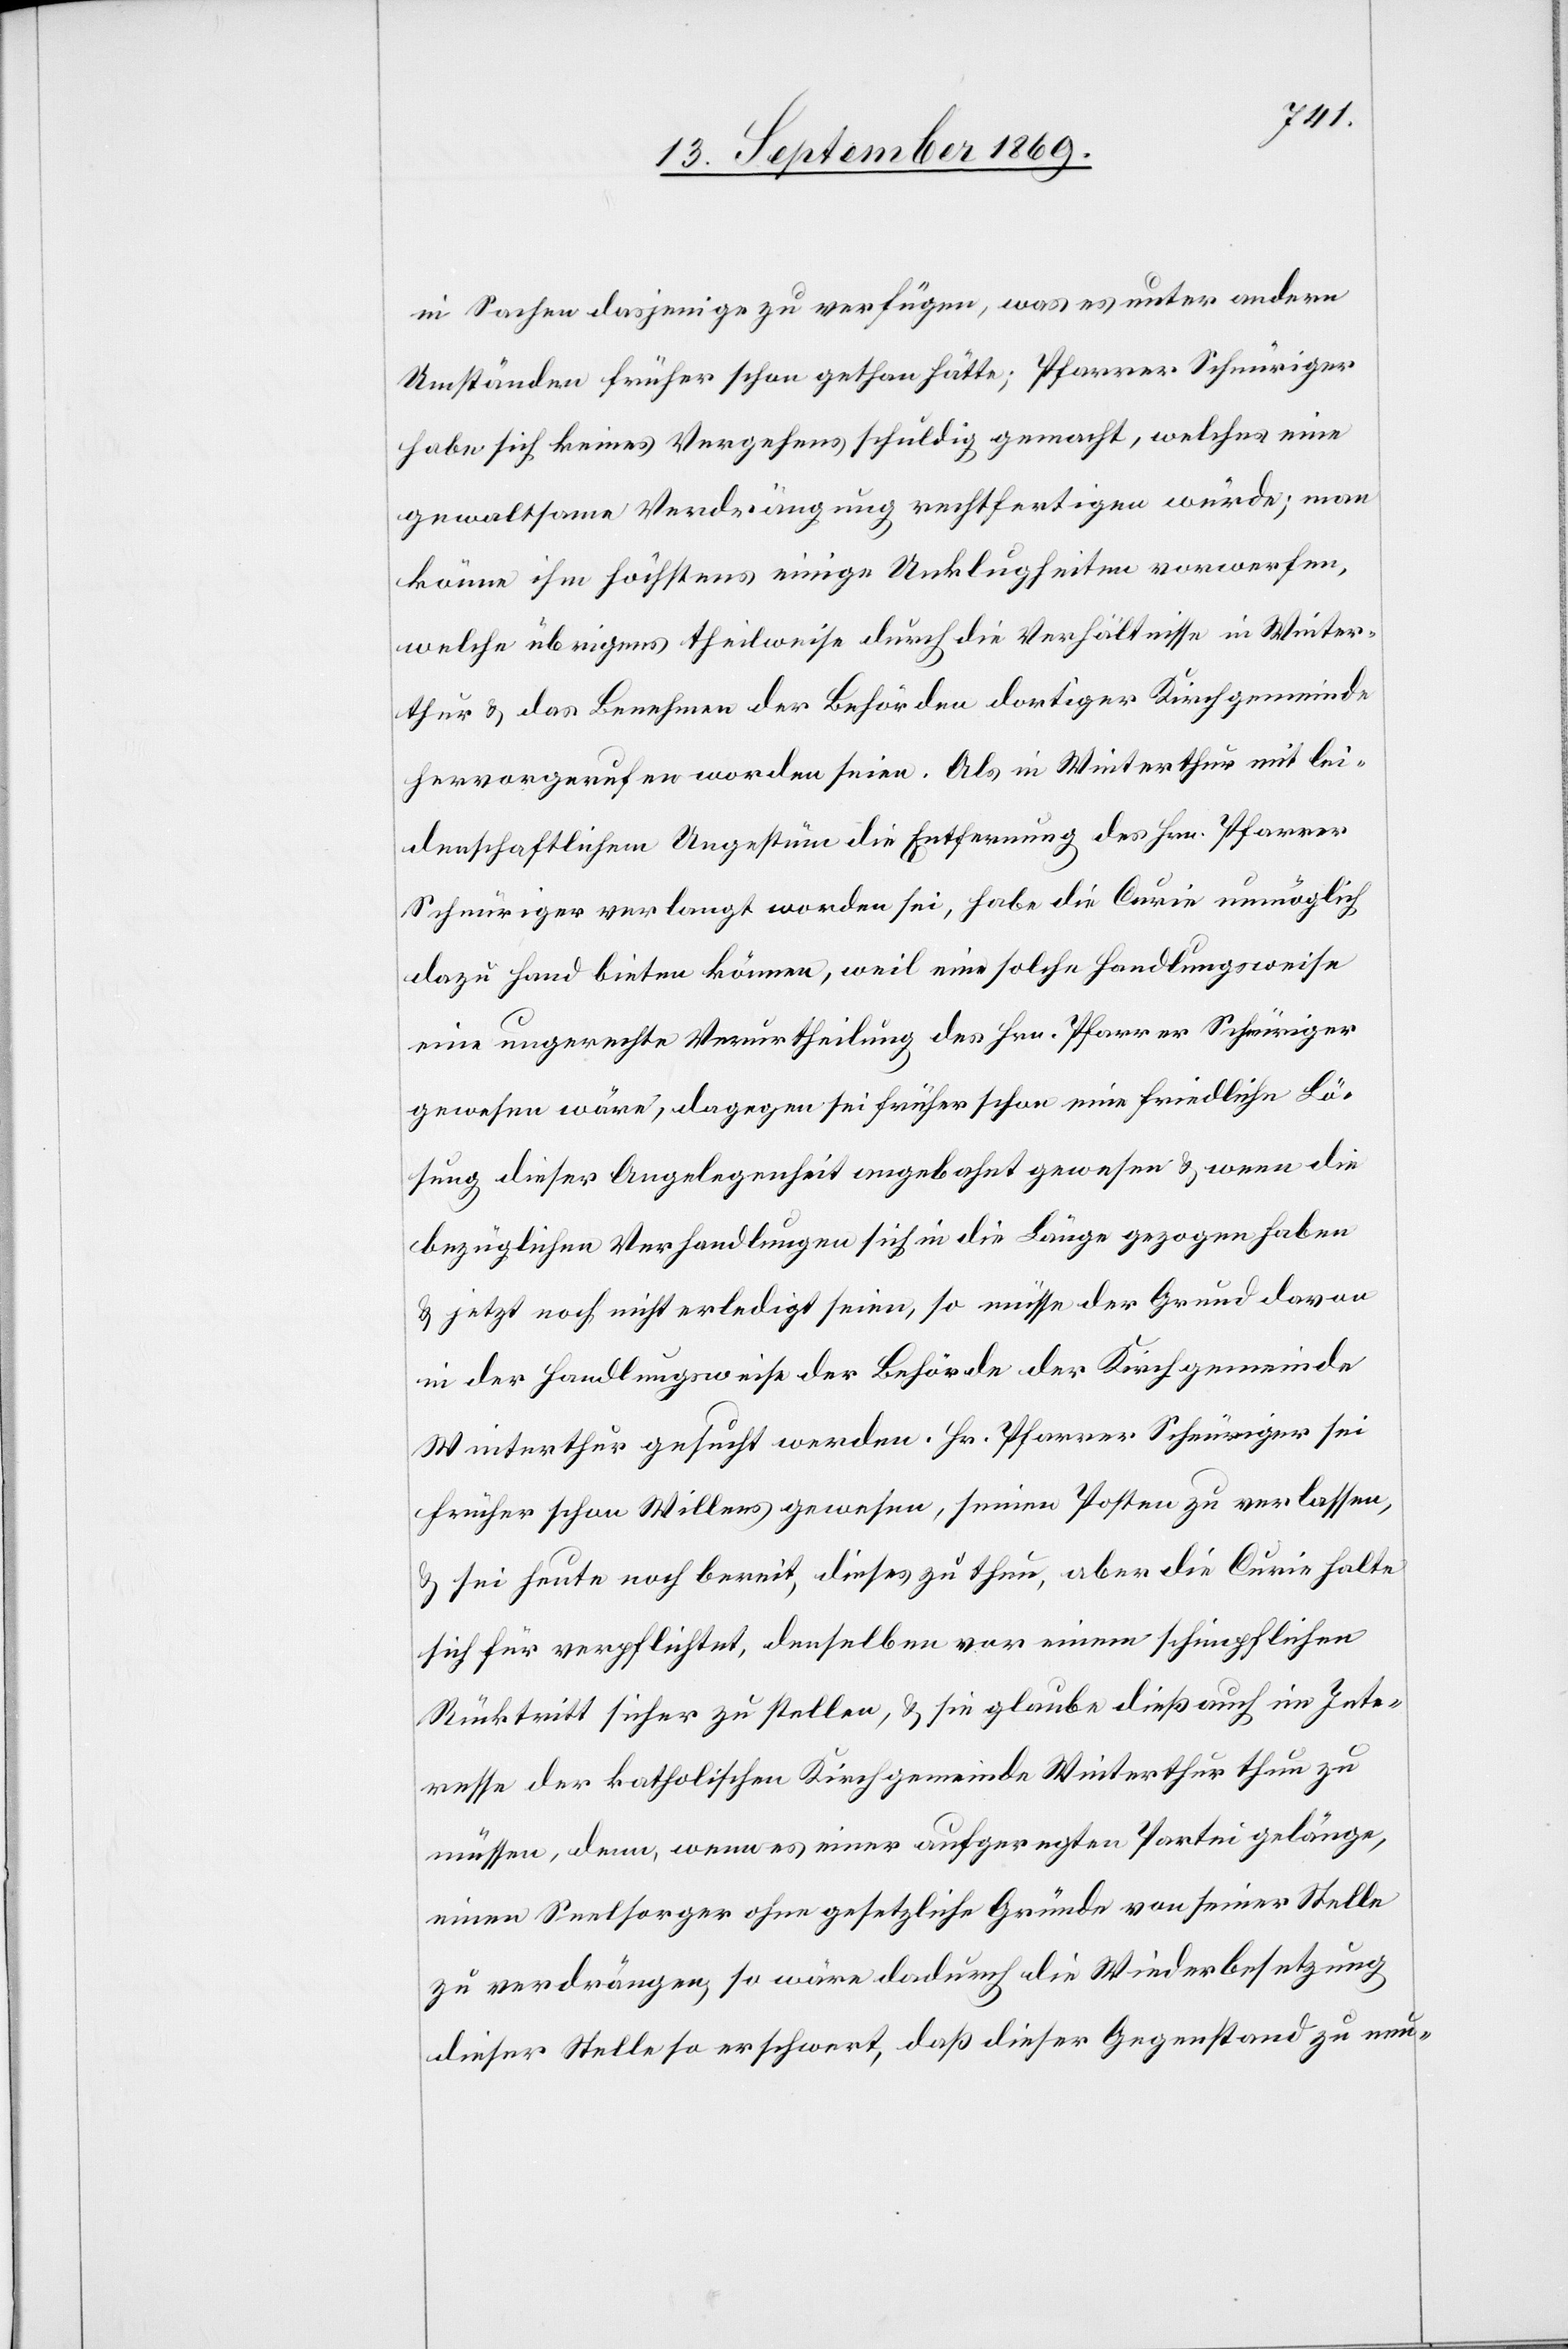
in Sachen dasjenige zu verfügen, was es unter andern
Umständen früher schon gethan hätte; Pfarrer Schnüriger
habe sich keines Vergehens schuldig gemacht, welches eine
gewaltsame Verdrängung rechtfertigen würde; man
könne ihm höchstens einige Unklugheiten vorwerfen,
welche übrigens theilweise durch die Verhältnisse in Winter¬
thur & das Benehmen der Behörden dortiger Kirchgemeinde
hervorgerufen worden seien. Als in Winterthur mit lei¬
denschaftlichem Ungestüm die Entfernung des Hrn. Pfarrer
Schnüriger verlangt worden sei, habe die Curie unmöglich
dazu Hand bieten können, weil eine solche Handlungsweise
eine ungerechte Verurtheilung des Hrn. Pfarrer Schnüriger
gewesen wäre, dagegen sei früher schon eine friedliche Lö¬
sung dieser Angelegenheit angebahnt gewesen & wenn die
bezüglichen Verhandlungen sich in die Länge gezogen haben
& jetzt noch nicht erledigt seien, so müsse der Grund davon
in der Handlungsweise der Behörde der Kirchgemeinde
Winterthur gesucht werden. Hr. Pfarrer Schnüriger sei
früher schon Willens gewesen, seinen Posten zu verlassen,
& sei heute noch bereit, dieses zu thun, aber die Curie halte
sich für verpflichtet, denselben vor einem schimpflichen
Rücktritt sicher zu stellen, & sie glaube dieß auch im Inte¬
resse der katholischen Kirchgemeinde Winterthur thun zu
müssen, denn, wenn es einer aufgeregten Partei gelänge,
einen Seelsorger ohne gesetzliche Gründe von seiner Stelle
zu verdrängen, so wäre dadurch die Wiederbesetzung
dieser Stelle so erschwert, daß dieser Gegenstand zu neu-